Lunatic asylums Punjab 1895-1910 - 1895-1910
Year: 1895
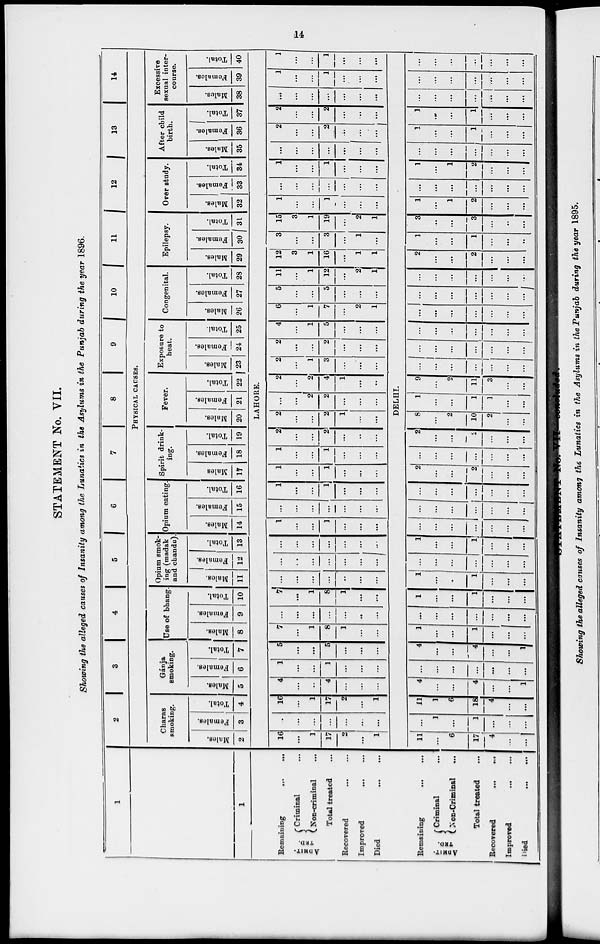
14
STATEMENT No. VII.
Showing the alleged causes of Insanity among the Lunatics in the Asylums in the Punjab during the year 1896.
1
1
Remaining
...
...
ADMIT-
---.
Criminal ...
Non-criminal ...
Total treated ...
Recovered ... ...
Improved
...
...
Died ... ...
Remaining ... ...
ADMIT-
TED.
Criminal ...
Non-Criminal
...
Total treated ...
Recovered
...
...
Improved
...
...
Died
...
...
2
3
4 5 6
7 8 9
10 11 12 13
14
PHYSICAL CAUSES.
Charas
smoking.
Males.
2
Females.
3
Total.
4
Gánja
smoking.
Males.
5
Females.
6
Total.
7
Use of bhang.
Males.
8
Females.
9
Total.
10
Opium smok-
ing (madak
and chandu).
Males.
11
Females.
12
Total.
13
Opium eating.
Males.
14
Females.
15
Total.
16
Spirit drink-
ing.
Males
17
Females.
18
Total.
19
Fever.
Males.
20
Females.
21
Total.
22
Exposure to
heat.
Males.
23
Females.
24
Total.
25
Congenital.
Males.
26
Females.
27
Total.
28
Epilepsy.
Males.
29
Females.
30
Total.
31
Over study.
Males.
32
Females.
33
Total.
34
After child
birth.
Males.
35
Females.
36
Total.
37
Excessive
sexual inter-
course.
Males.
38
Females.
39
Total.
40
LAHORE.
16
...
1
17
2
...
1
...
...
...
...
...
...
...
16
...
1
17
2
...
1
4
...
...
4
...
...
...
1
...
...
1
...
...
...
5
...
...
5
...
...
...
7
...
1
8
1
...
...
...
...
...
...
...
...
...
7
...
1
8
1
...
...
...
...
...
...
...
...
...
...
...
...
...
...
...
...
...
...
...
...
...
...
...
1
...
...
1
...
...
...
...
...
...
...
...
...
...
1
...
...
1
...
...
...
1
...
...
1
...
...
...
1
...
...
1
...
...
...
2
...
...
2
...
...
...
2
...
...
2
1
...
...
...
...
2
2
...
...
...
2
...
2
4
1
...
...
2
...
1
3
...
...
...
2
...
...
2
...
...
...
4
...
1
5
...
...
...
6
...
1
7
...
2
1
5
...
...
5
...
...
...
11
...
1
12
...
2
1
12
3
1
16
...
1
1
3
...
...
3
...
1
...
15
3
1
19
...
2
1
1
...
...
1
...
...
...
...
...
...
...
...
...
...
1
...
...
1
...
...
...
...
...
...
...
...
...
...
2
...
...
2
...
...
...
2
...
...
2
...
...
...
...
...
...
...
...
...
...
1
...
...
1
...
...
...
1
...
...
1
...
...
...
DELHI.
11
...
6
17
4
...
...
...
1
...
1
...
...
...
11
1
6
18
4
...
...
4
...
...
4
...
...
1
...
...
...
...
...
...
...
4
...
...
4
...
...
1
1
...
...
1
...
...
...
...
...
...
...
...
...
....
1
...
...
1
...
...
...
1
...
...
1
...
...
...
...
...
...
...
...
...
...
1
...
...
1
...
...
...
...
...
...
...
...
...
...
...
...
...
...
...
...
...
...
...
...
...
...
...
2
...
...
2
...
...
...
...
...
...
...
...
...
...
2
...
...
2
...
...
...
8
...
2
10
2
...
...
1
...
...
1
1
...
...
9
...
2
11
3
...
...
...
...
...
...
...
...
...
...
...
...
...
...
...
...
...
...
...
...
...
...
...
...
...
...
...
...
...
...
...
...
...
...
...
...
...
....
...
...
...
...
...
...
2
...
...
2
...
...
...
1
...
...
1
...
...
...
3
...
...
3
...
..
...
1
...
1
2
...
...
...
...
...
...
...
...
...
...
1
...
1
2
...
...
...
...
...
...
...
...
...
...
1
...
...
1
...
...
...
1
...
...
1
...
...
...
...
...
...
...
...
...
...
...
...
...
...
...
...
...
...
...
...
...
...
...
...